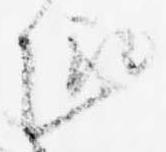
趣